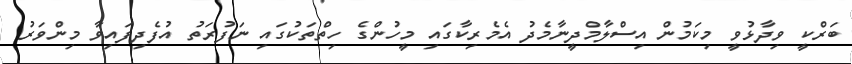
ބަރްކީ ވިދާޅުވީ މިކަމުން އިސްލާމްދީނާމެދު އެމެރިކާގައި މީހުންގެ ހިތްތަކުގައި ނަފުރަތު އުފެދިފައިވާ މިންވަރު